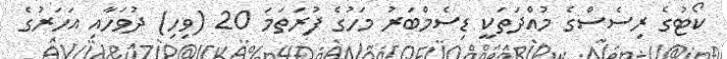
ކޯޓުގެ ރިސެސްގެ މުއްދަތަކީ ޑިސެމްބަރު މަހުގެ ފުރަތަމަ 20 (ވިހި) ދުވަހާއި އަހަރުގެ